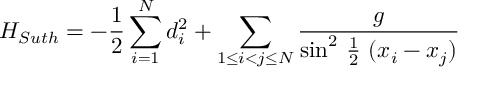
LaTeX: H _ { S u t h } = - \frac { 1 } { 2 } \sum _ { i = 1 } ^ { N } d _ { i } ^ { 2 } + \sum _ { 1 \leq i < j \leq N } \frac { g } { { \sin } ^ { 2 } \mathrm { ~ \frac { 1 } { 2 } ~ } ( x _ { i } - x _ { j } ) }